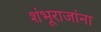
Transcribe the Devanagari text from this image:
शंभूराजांना